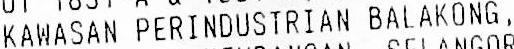
KAWASAN PERINDUSTRIAN BALAKONG,